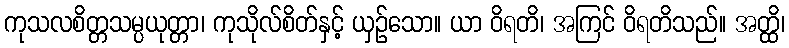
ကုသလစိတ္တသမ္ပယုတ္တာ၊ ကုသိုလ်စိတ်နှင့် ယှဉ်သော။ ယာ ဝိရတိ၊ အကြင် ဝိရတိသည်။ အတ္ထိ၊